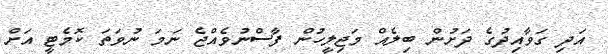
އަދި ގަވާއިދުގެ ދަށުން ބިލެއް މަޖިލީހުން ފާސްނުވެއްޖެ ނަމަ ނުވަތަ ކޮމެޓީ އަށް